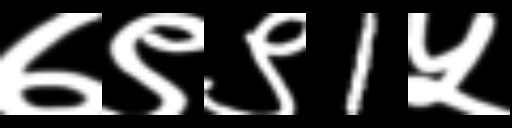
Text: ७९९1५